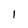
Character: 1